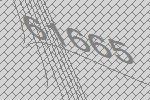
61665